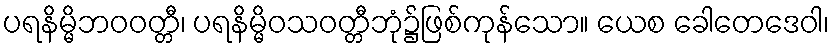
ပရနိမ္မိဘဝဝတ္တီ၊ ပရနိမ္မိဝသဝတ္တီဘုံ၌ဖြစ်ကုန်သော။ ယေစ ခေါတေဒေဝါ၊